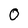
Character: 0